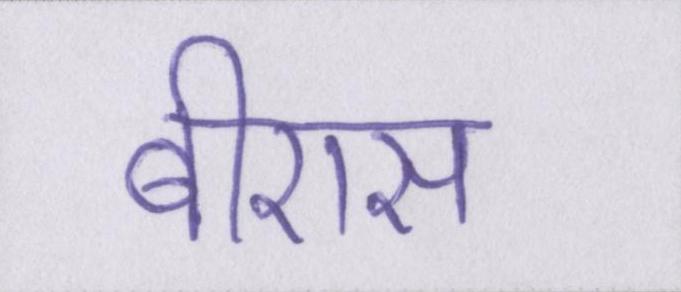
बीएस